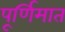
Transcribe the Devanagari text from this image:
पूर्णिमात